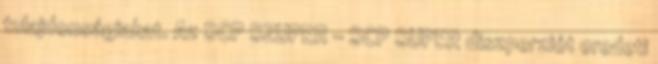
tulajdonságiakat. Az SCP SZUPER - SCP SUPER diszperziót eredeti